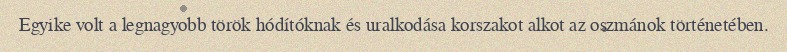
Egyike volt a legnagyobb török hódítóknak és uralkodása korszakot alkot az oszmánok történetében.